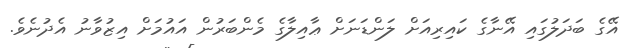
އޭގެ ބަދަލުގައި އޭނާގެ ކައިރިއަށް ލަންޑަނަށް ޢާއިލާގެ މެންބަރުން އައުމަށް އިޒުވާނު އެދުނެވެ.